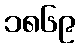
၁၈၆၉